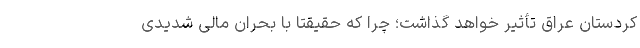
کردستان عراق تأثیر خواهد گذاشت؛ چرا که حقیقتاً با بحران مالی شدیدی